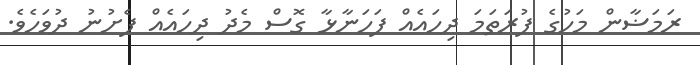
ރަމަޟާން މަހުގެ ފުރަތަމަ ދިހައެއް ފަހަނާޅާ ގޮސް މެދު ދިހައެއް ފެށުނު ދުވަހެވެ.